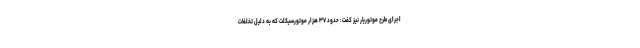
اجرای طرح موتوریار نیز کفت: حدود ۳۷ هزار موتورسیکلت که به دلیل تخلفات